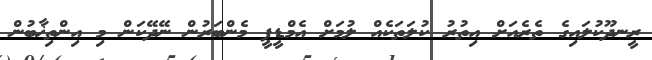
ރީނދޫކުލައިގެ ތެރެއަށް އިތުރު ކުލަތަކެއް ލުމަށް އެމްޑީޕީ މެންބަރުން ނޭދޭކަން މި އިންތިޚާބުން